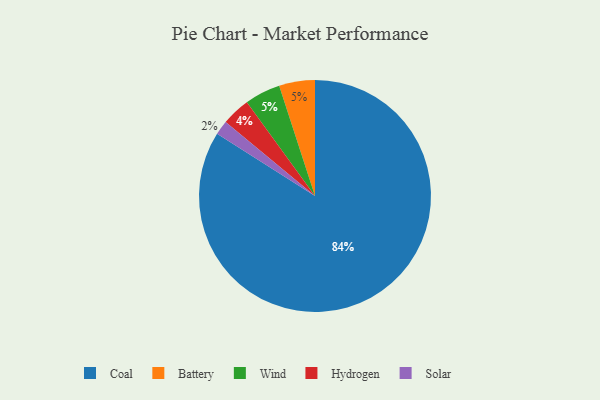
{"axis": {"x": "Category", "y": "Percentage"}, "legend": ["Battery", "Coal", "Hydrogen", "Solar", "Wind"], "data": [{"x": "Hydrogen", "y": 4, "type": "Hydrogen"}, {"x": "Battery", "y": 5, "type": "Battery"}, {"x": "Solar", "y": 2, "type": "Solar"}, {"x": "Wind", "y": 5, "type": "Wind"}, {"x": "Coal", "y": 84, "type": "Coal"}]}